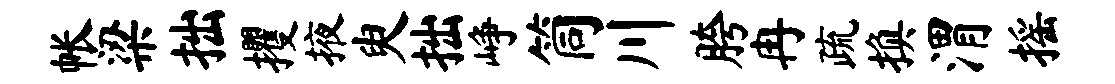
帐梁拙攫掖臾拙峥筒川胯冉疏换渭摇